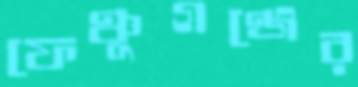
ফেঞ্চুগঞ্জের